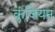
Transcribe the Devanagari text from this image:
कुंजियन